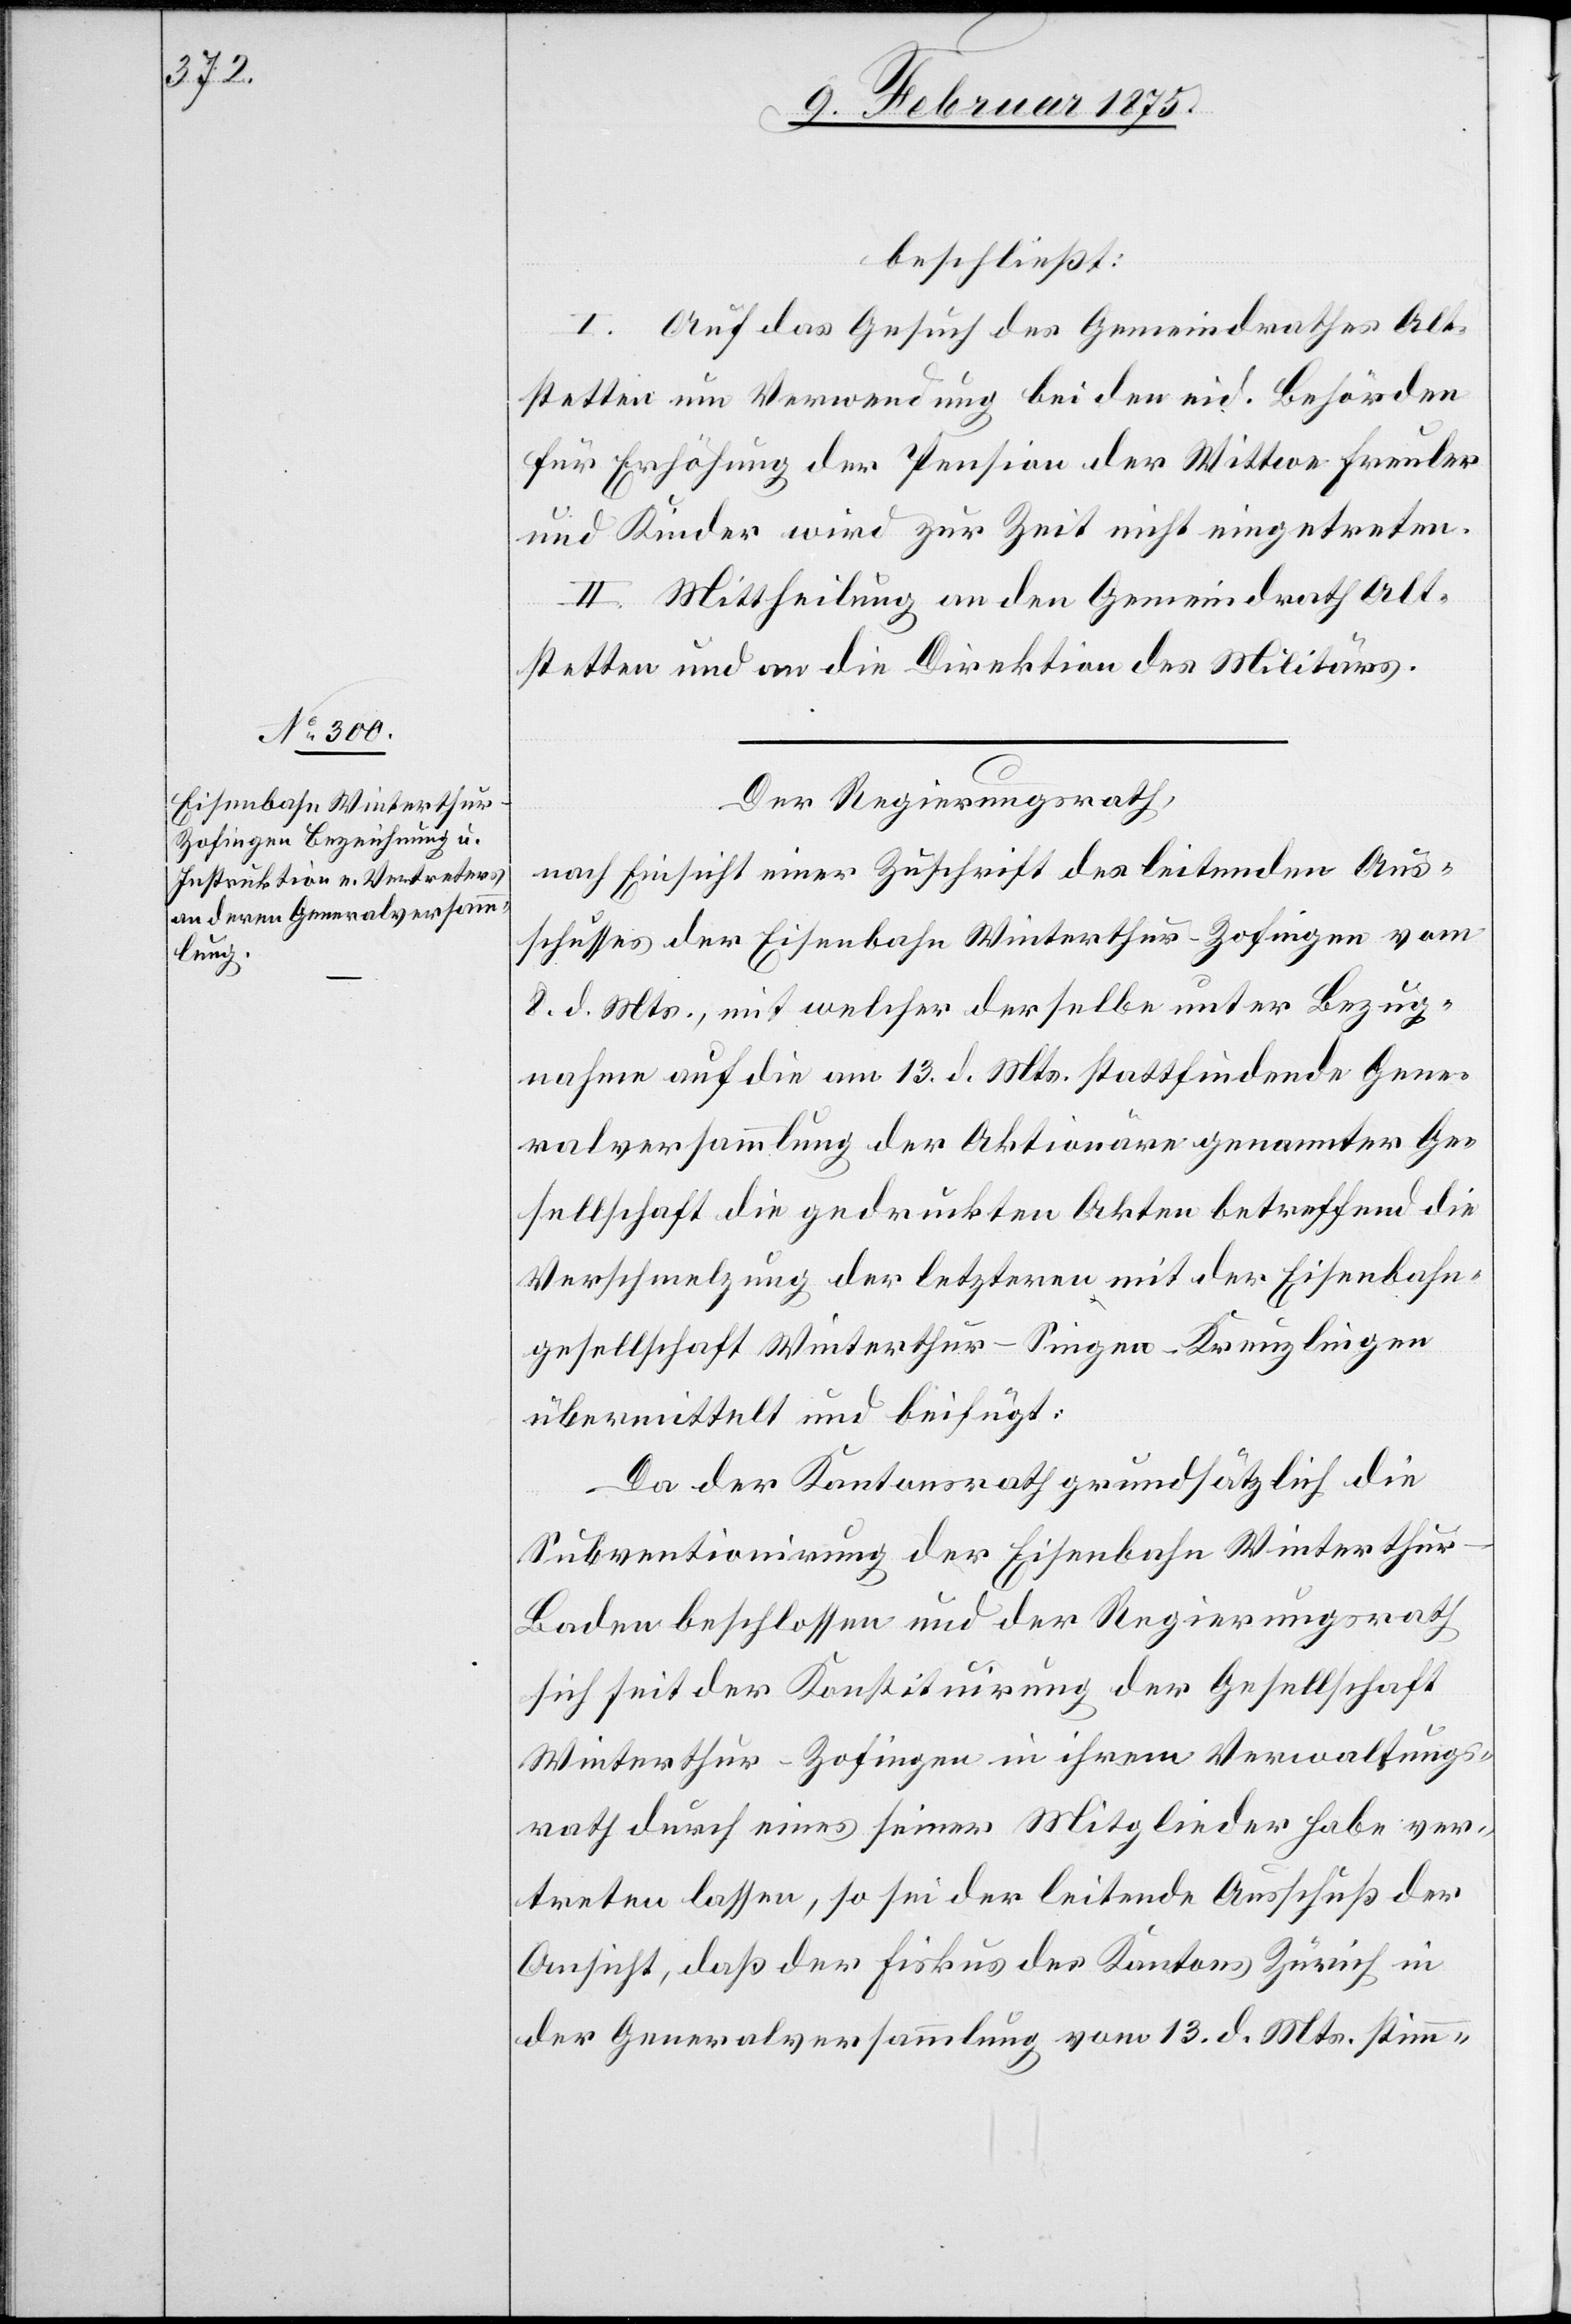
beschließt:
I. Auf das Gesuch des Gemeindrathes Alt¬
stetten um Verwendung bei den eid. Behörden
für Erhöhung der Pension der Wittwe Freuler
und Kinder wird zur Zeit nicht eingetreten.
II. Mittheilung an den Gemeindrath Alt¬
stetten und an die Direktion des Militärs.
Der Regierungsrath,
nach Einsicht einer Zuschrift des leitenden Aus¬
schusses der Eisenbahn Winterthur–Zofingen vom
8. d. Mts., mit welcher derselbe unter Bezug¬
nahme auf die am 13. d. Mts. stattfindende Gene¬
ralversammlung der Aktionäre genannter Ge¬
sellschaft die gedruckten Akten betreffend die
Verschmelzung der letzteren mit der Eisenbahn¬
gesellschaft Winterthur–Singen–Kreuzlingen
übermittelt und beifügt:
Da der Kantonsrath grundsätzlich die
Subventionirung der Eisenbahn Winterthu¬
r-Baden beschlossen und der Regierungsrath
sich seit der Konstituirung der Gesellschaft
Winterthur-Zofingen in ihrem Verwaltungs¬
rath durch eines seiner Mitglieder habe ver¬
treten lassen, so sei der leitende Ausschuß der
Ansicht, daß der Fiskus des Kantons Zürich in
der Generalversammlung vom 13. d. Mts. stimm-